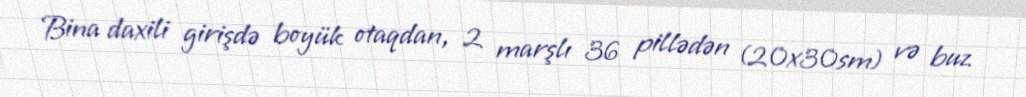
Bina daxili girişdə boyük otaqdan, 2 marşlı 36 pillədən (20x30sm) və buz